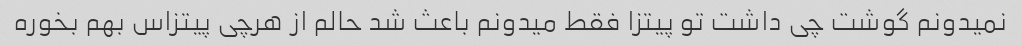
نمیدونم گوشت چی داشت تو پیتزا فقط میدونم باعث شد حالم از هرچی پیتزاس بهم بخوره